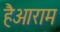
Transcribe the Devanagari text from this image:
हैआराम